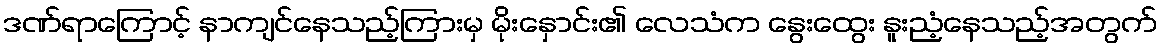
ဒဏ်ရာကြောင့် နာကျင်နေသည့်ကြားမှ မိုးနှောင်း၏ လေသံက နွေးထွေး နူးညံ့နေသည့်အတွက်